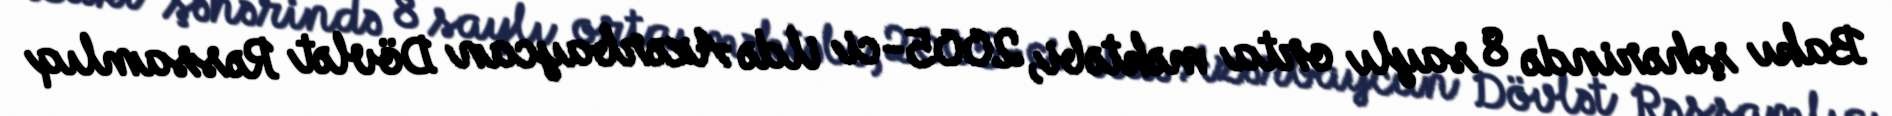
Bakı şəhərində 8 saylı orta məktəbi, 2005-ci ildə Azərbaycan Dövlət Rəssamlıq